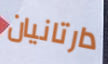
دارتانيان